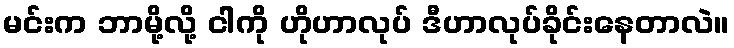
မင်းက ဘာမို့လို့ ငါကို ဟိုဟာလုပ် ဒီဟာလုပ်ခိုင်းနေတာလဲ။